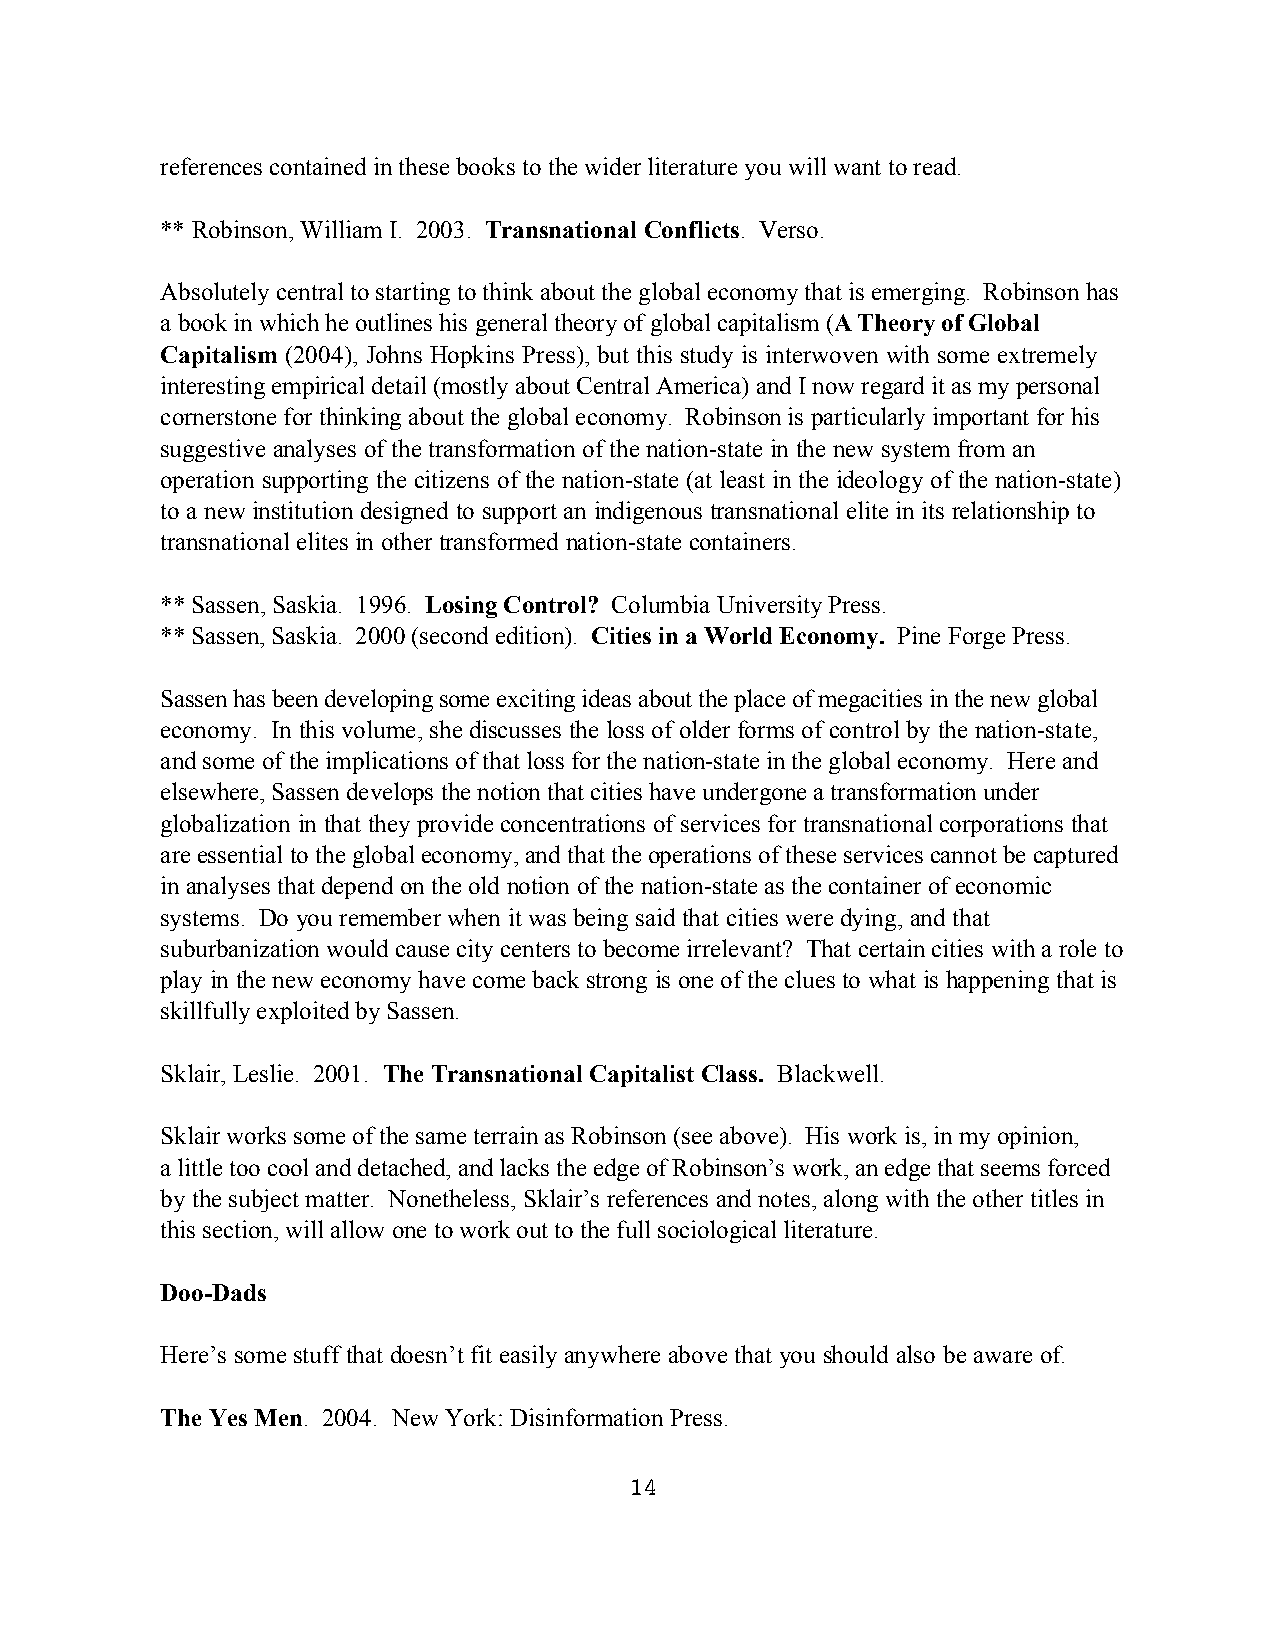
references contained in these books to the wider literature you will want to read.
 ** Robinson, William I. 2003. Transnational Conflicts. Verso.
 Absolutely central to starting to think about the global economy that is emerging. Robinson has
 a book in which he outlines his general theory of global capitalism (A Theory of Global
 Capitalism (2004), Johns Hopkins Press), but this study is interwoven with some extremely
 interesting empirical detail (mostly about Central America) and I now regard it as my personal
 cornerstone for thinking about the global economy. Robinson is particularly important for his
 suggestive analyses of the transformation of the nation-state in the new system from an
 operation supporting the citizens of the nation-state (at least in the ideology of the nation-state)
 to a new institution designed to support an indigenous transnational elite in its relationship to
 transnational elites in other transformed nation-state containers.
 ** Sassen, Saskia. 1996. Losing Control? Columbia University Press.
 ** Sassen, Saskia. 2000 (second edition). Cities in a World Economy. Pine Forge Press.
 Sassen has been developing some exciting ideas about the place of megacities in the new global
 economy. In this volume, she discusses the loss of older forms of control by the nation-state,
 and some of the implications of that loss for the nation-state in the global economy. Here and
 elsewhere, Sassen develops the notion that cities have undergone a transformation under
 globalization in that they provide concentrations of services for transnational corporations that
 are essential to the global economy, and that the operations of these services cannot be captured
 in analyses that depend on the old notion of the nation-state as the container of economic
 systems. Do you remember when it was being said that cities were dying, and that
 suburbanization would cause city centers to become irrelevant? That certain cities with a role to
 play in the new economy have come back strong is one of the clues to what is happening that is
 skillfully exploited by Sassen.
 Sklair, Leslie. 2001. The Transnational Capitalist Class. Blackwell.
 Sklair works some of the same terrain as Robinson (see above). His work is, in my opinion,
 a little too cool and detached, and lacks the edge of Robinson’s work, an edge that seems forced
 by the subject matter. Nonetheless, Sklair’s references and notes, along with the other titles in
 this section, will allow one to work out to the full sociological literature.
 Doo-Dads
 Here’s some stuff that doesn’t fit easily anywhere above that you should also be aware of.
 The Yes Men. 2004. New York: Disinformation Press.
 14